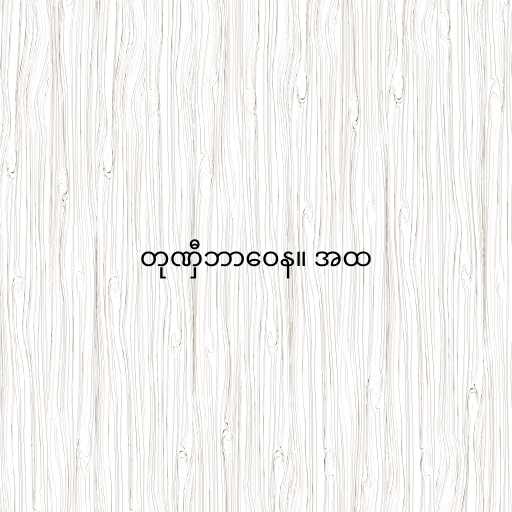
တုဏှီဘာဝေန။ အထ